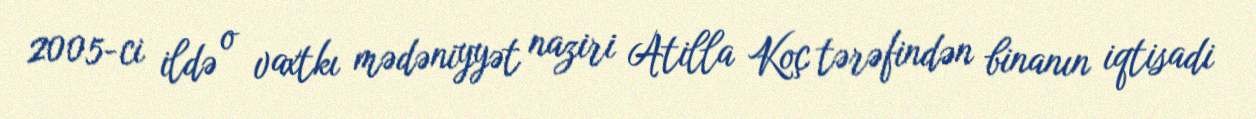
2005-ci ildə o vaxtkı mədəniyyət naziri Atilla Koç tərəfindən binanın iqtisadi